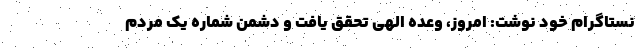
نستاگرام خود نوشت: امروز، وعده الهی تحقق یافت و دشمن شماره یک مردم